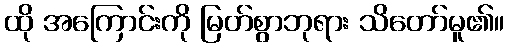
ထို အကြောင်းကို မြတ်စွာဘုရား သိတော်မူ၏။